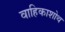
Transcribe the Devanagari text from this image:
वाहिकाशोथ